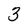
Character: 3